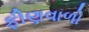
ફીણવાળો